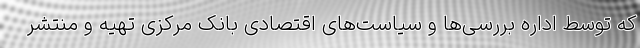
که توسط اداره بررسی‌ها و سیاست‌های اقتصادی بانک مرکزی تهیه و منتشر